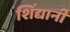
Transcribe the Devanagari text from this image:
शिंद्यानी